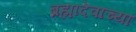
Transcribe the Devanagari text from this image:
ब्रह्मादेवाच्या